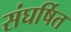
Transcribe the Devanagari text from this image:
संघर्षित